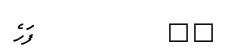
١٧         ފަހެ